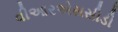
વીઆરએસસીડી